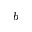
^ b